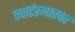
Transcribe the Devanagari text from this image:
क्वार्टरमास्चर